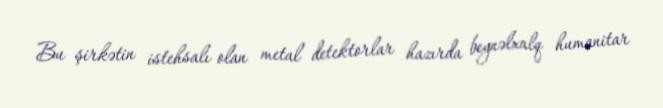
Bu şirkətin istehsalı olan metal detektorlar hazırda beynəlxalq humanitar